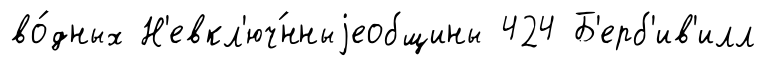
во́дных Н'евкл'юч́нныjеобщины 424 Б'ерб'ив'илл